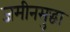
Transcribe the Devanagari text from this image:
जमीनसुद्धा